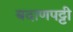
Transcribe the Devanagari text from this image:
बदाणपट्टी